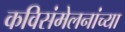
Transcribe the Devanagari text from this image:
कविसंमेलनांच्या